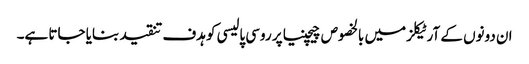
ان دونوں کے آرٹیکلز میں بالخصوص چیچنیا پر روسی پالیسی کو ہدف تنقید بنایا جاتا ہے۔